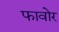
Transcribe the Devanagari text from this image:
फावोर